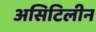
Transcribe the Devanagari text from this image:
असिटिलीन